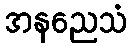
အနညေသံ